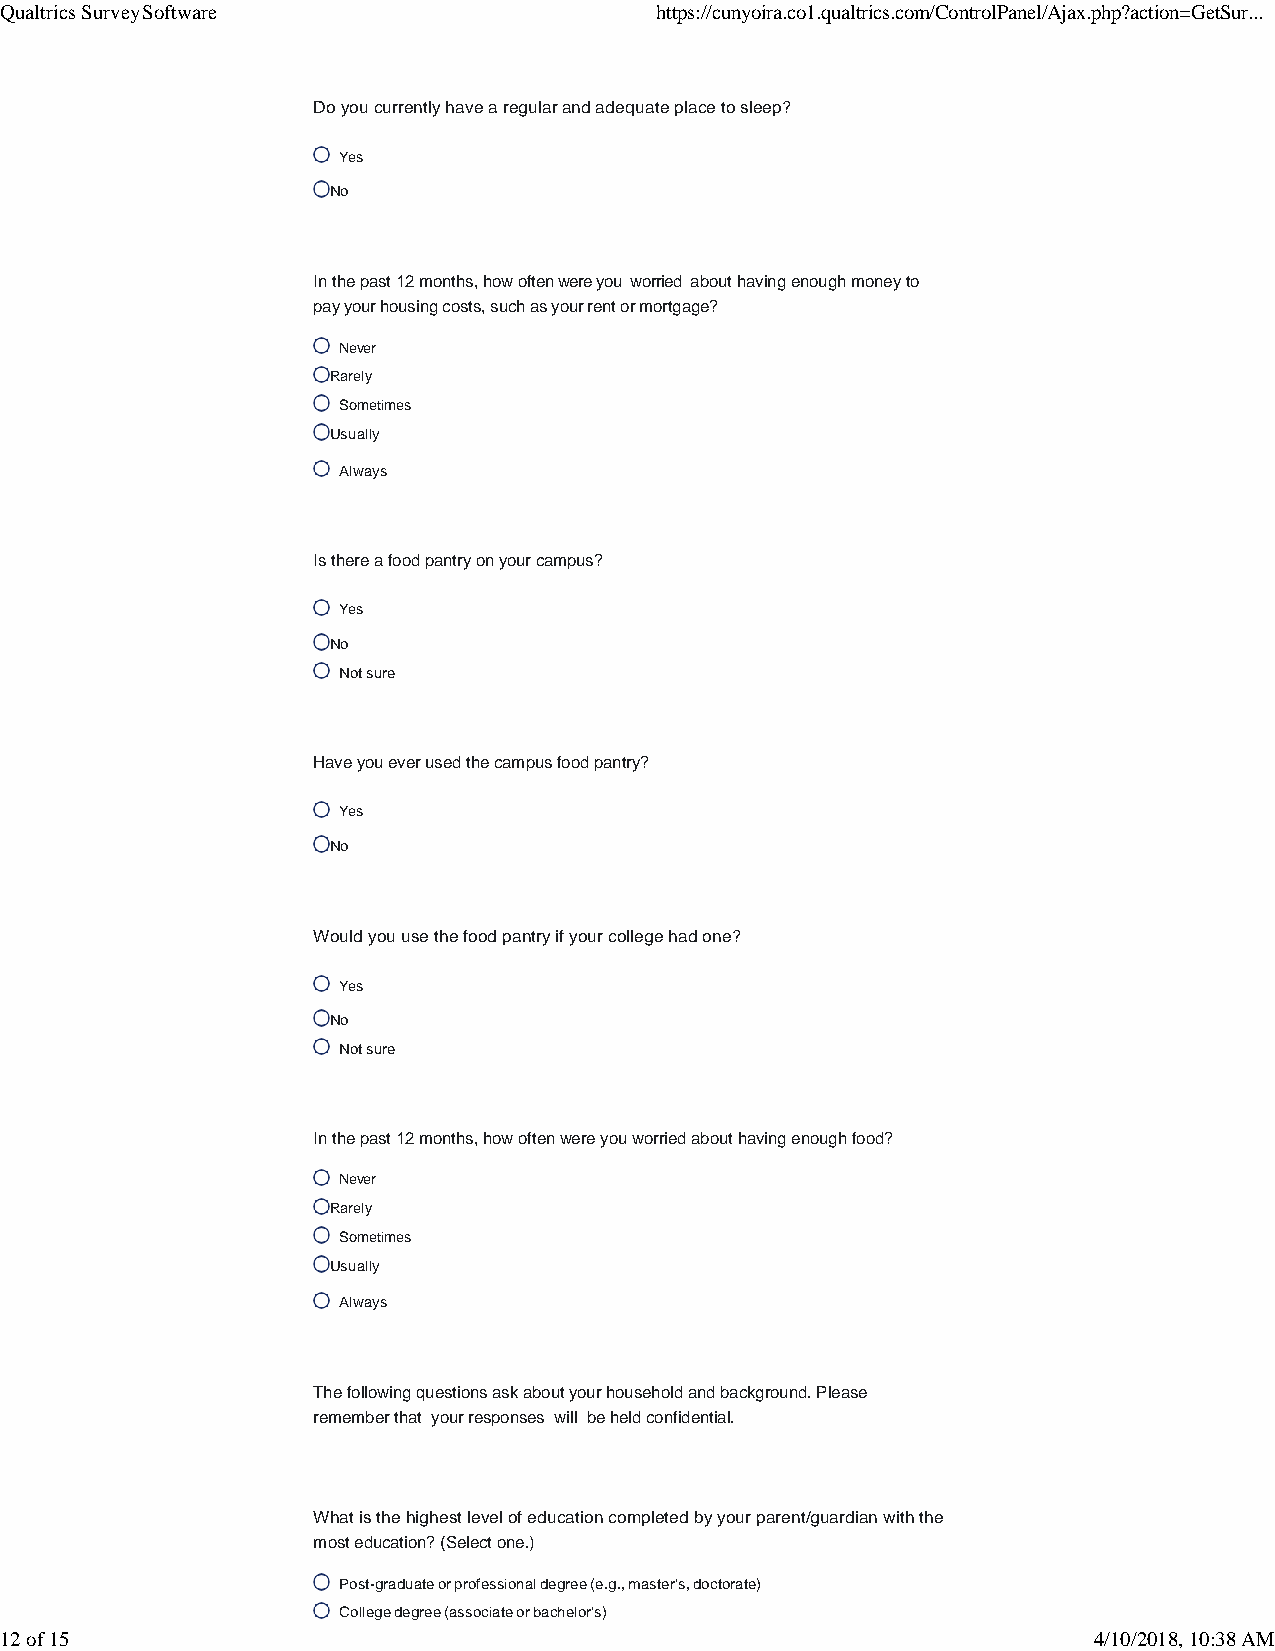
Qualtrics Survey Software                  https://cunyoira.co1.qualtrics.com/ControlPanel/Ajax.php?action=GetSur...
 Do you currently have a regular and adequate place to sleep?
 Yes
 No
 In the past 12 months, how often were you worried about having enough money to
 pay your housing costs, such as your rent or mortgage?
 Never
 Rarely
 Sometimes
 Usually
 Always
 Is there a food pantry on your campus?
 Yes
 No
 Not sure
 Have you ever used the campus food pantry?
 Yes
 No
 Would you use the food pantry if your college had one?
 Yes
 No
 Not sure
 In the past 12 months, how often were you worried about having enough food?
 Never
 Rarely
 Sometimes
 Usually
 Always
 The following questions ask about your household and background. Please
 remember that your responses will be held confidential.
 What is the highest level of education completed by your parent/guardian with the
 most education? (Select one.)
 Post-graduate or professional degree (e.g., master's, doctorate)
 College degree (associate or bachelor's)
 1 2 of 15                                                               4/10/2018, 10:38 AM